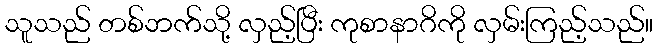
သူသည် တစ်ဘက်သို့ လှည့်ပြီး ကုစာနာဂိကို လှမ်းကြည့်သည်။